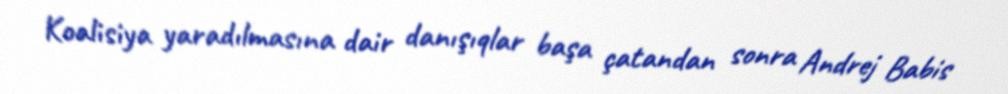
Koalisiya yaradılmasına dair danışıqlar başa çatandan sonra Andrej Babis